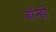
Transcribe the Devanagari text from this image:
बॉन्डी